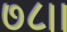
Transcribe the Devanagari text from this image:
७८।।